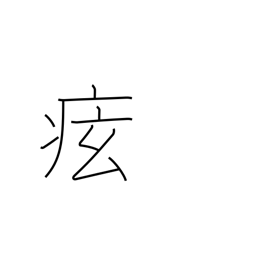
Meaning: cramps